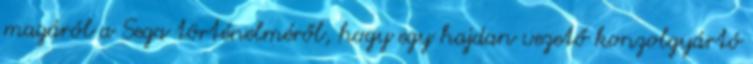
magáról a Sega történelméről, hogy egy hajdan vezető konzolgyártó